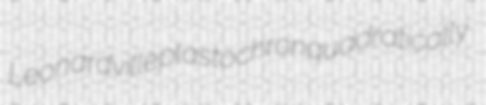
Leonardville plastochron quadratically